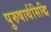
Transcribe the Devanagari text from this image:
पुरुषार्थसिद्धि